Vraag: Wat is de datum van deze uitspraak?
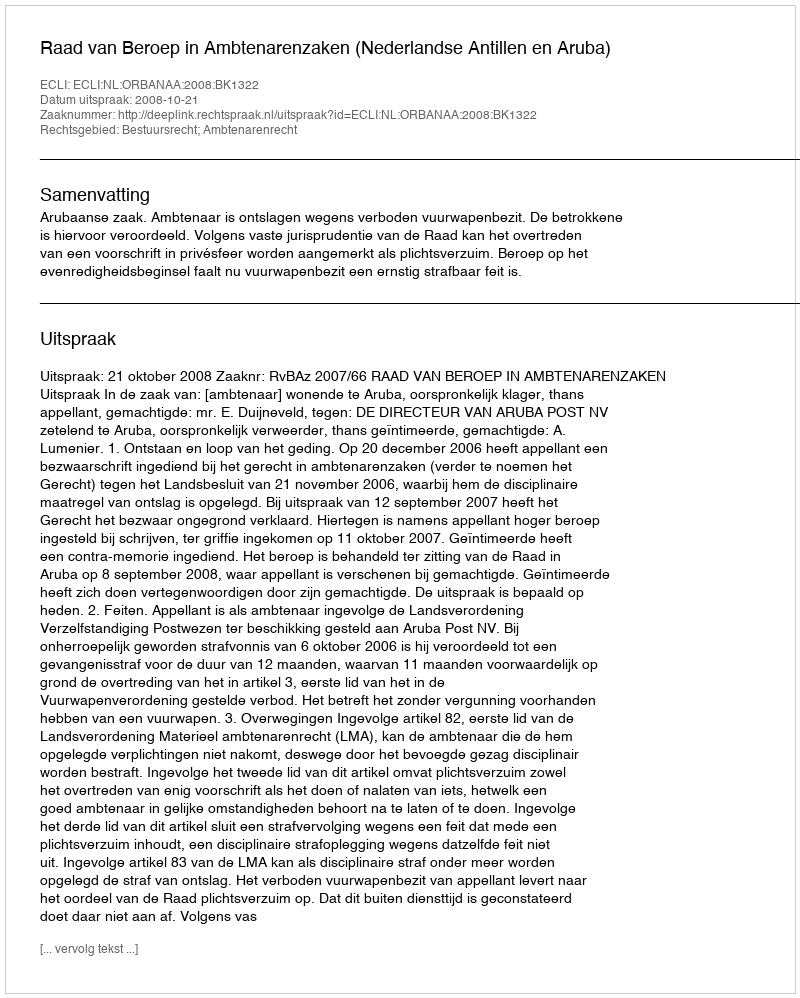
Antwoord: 2008-10-21